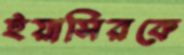
ইয়াসিরকে